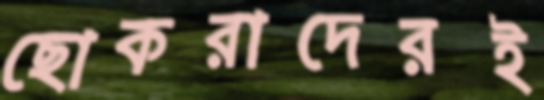
ছোকরাদেরই